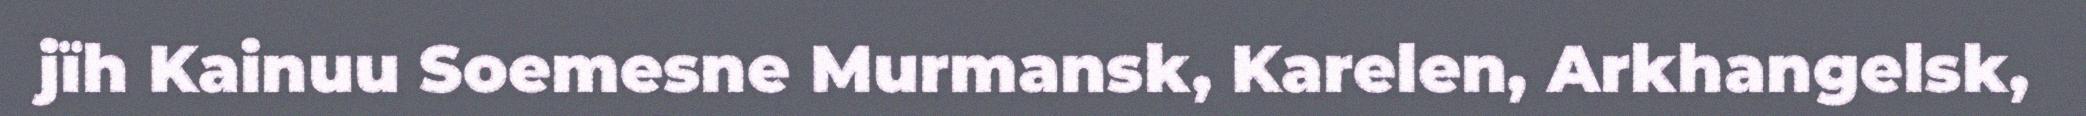
jïh Kainuu Soemesne Murmansk, Karelen, Arkhangelsk,